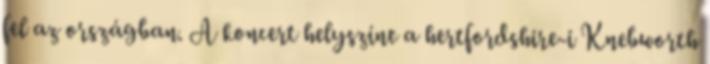
fel az országban. A koncert helyszíne a hertfordshire-i Knebworth